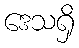
ဒေသရှိ